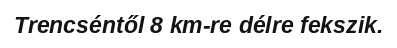
Trencséntől 8 km-re délre fekszik.